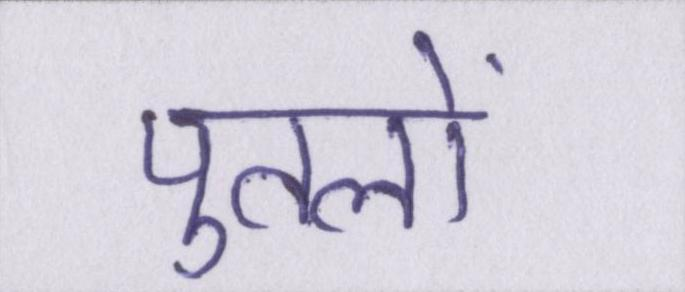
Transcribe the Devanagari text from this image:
पुतलों